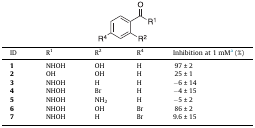
<table><thead><tr><td><b>ID</b></td><td><b>R<sup>1</sup></b></td><td><b>R<sup>2</sup></b></td><td><b>R<sup>4</sup></b></td><td><b>Inhibition at 1 mMa (%)</b></td></tr></thead><tbody><tr><td><b>1</b></td><td>NHOH</td><td>OH</td><td>H</td><td>97 ± 2</td></tr><tr><td><b>2</b></td><td>OH</td><td>OH</td><td>H</td><td>25 ± 1</td></tr><tr><td><b>3</b></td><td>NHOH</td><td>H</td><td>H</td><td>−6 ± 14</td></tr><tr><td><b>4</b></td><td>NHOH</td><td>Br</td><td>H</td><td>−4 ± 15</td></tr><tr><td><b>5</b></td><td>NHOH</td><td>NH<sub>2</sub></td><td>H</td><td>−5 ± 2</td></tr><tr><td><b>6</b></td><td>NHOH</td><td>OH</td><td>Br</td><td>86 ± 2</td></tr><tr><td><b>7</b></td><td>NHOH</td><td>H</td><td>Br</td><td>9.6 ± 15</td></tr></tbody></table>